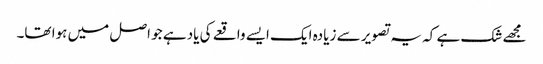
مجھے شک ہے کہ یہ تصویر سے زیادہ ایک ایسے واقعے کی یاد ہے جو اصل میں ہوا تھا۔